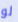
لو